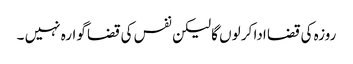
روزہ کی قضا ادا کر لوں گا لیکن نفس کی قضا گوارہ نہیں ۔